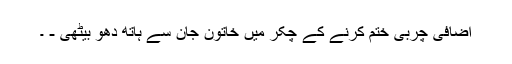
اضافی چربی ختم کرنے کے چکر میں خاتون جان سے ہاتھ دھو بیٹھی - ۔